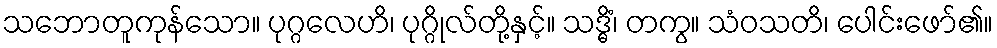
သဘောတူကုန်သော။ ပုဂ္ဂလေဟိ၊ ပုဂ္ဂိုလ်တို့နှင့်။ သဒ္ဓိံ၊ တကွ။ သံဝသတိ၊ ပေါင်းဖော်၏။